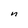
Character: n